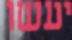
יעשו